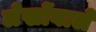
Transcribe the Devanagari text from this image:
लेखोंवाले